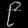
Digit: ၉